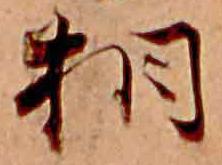
相